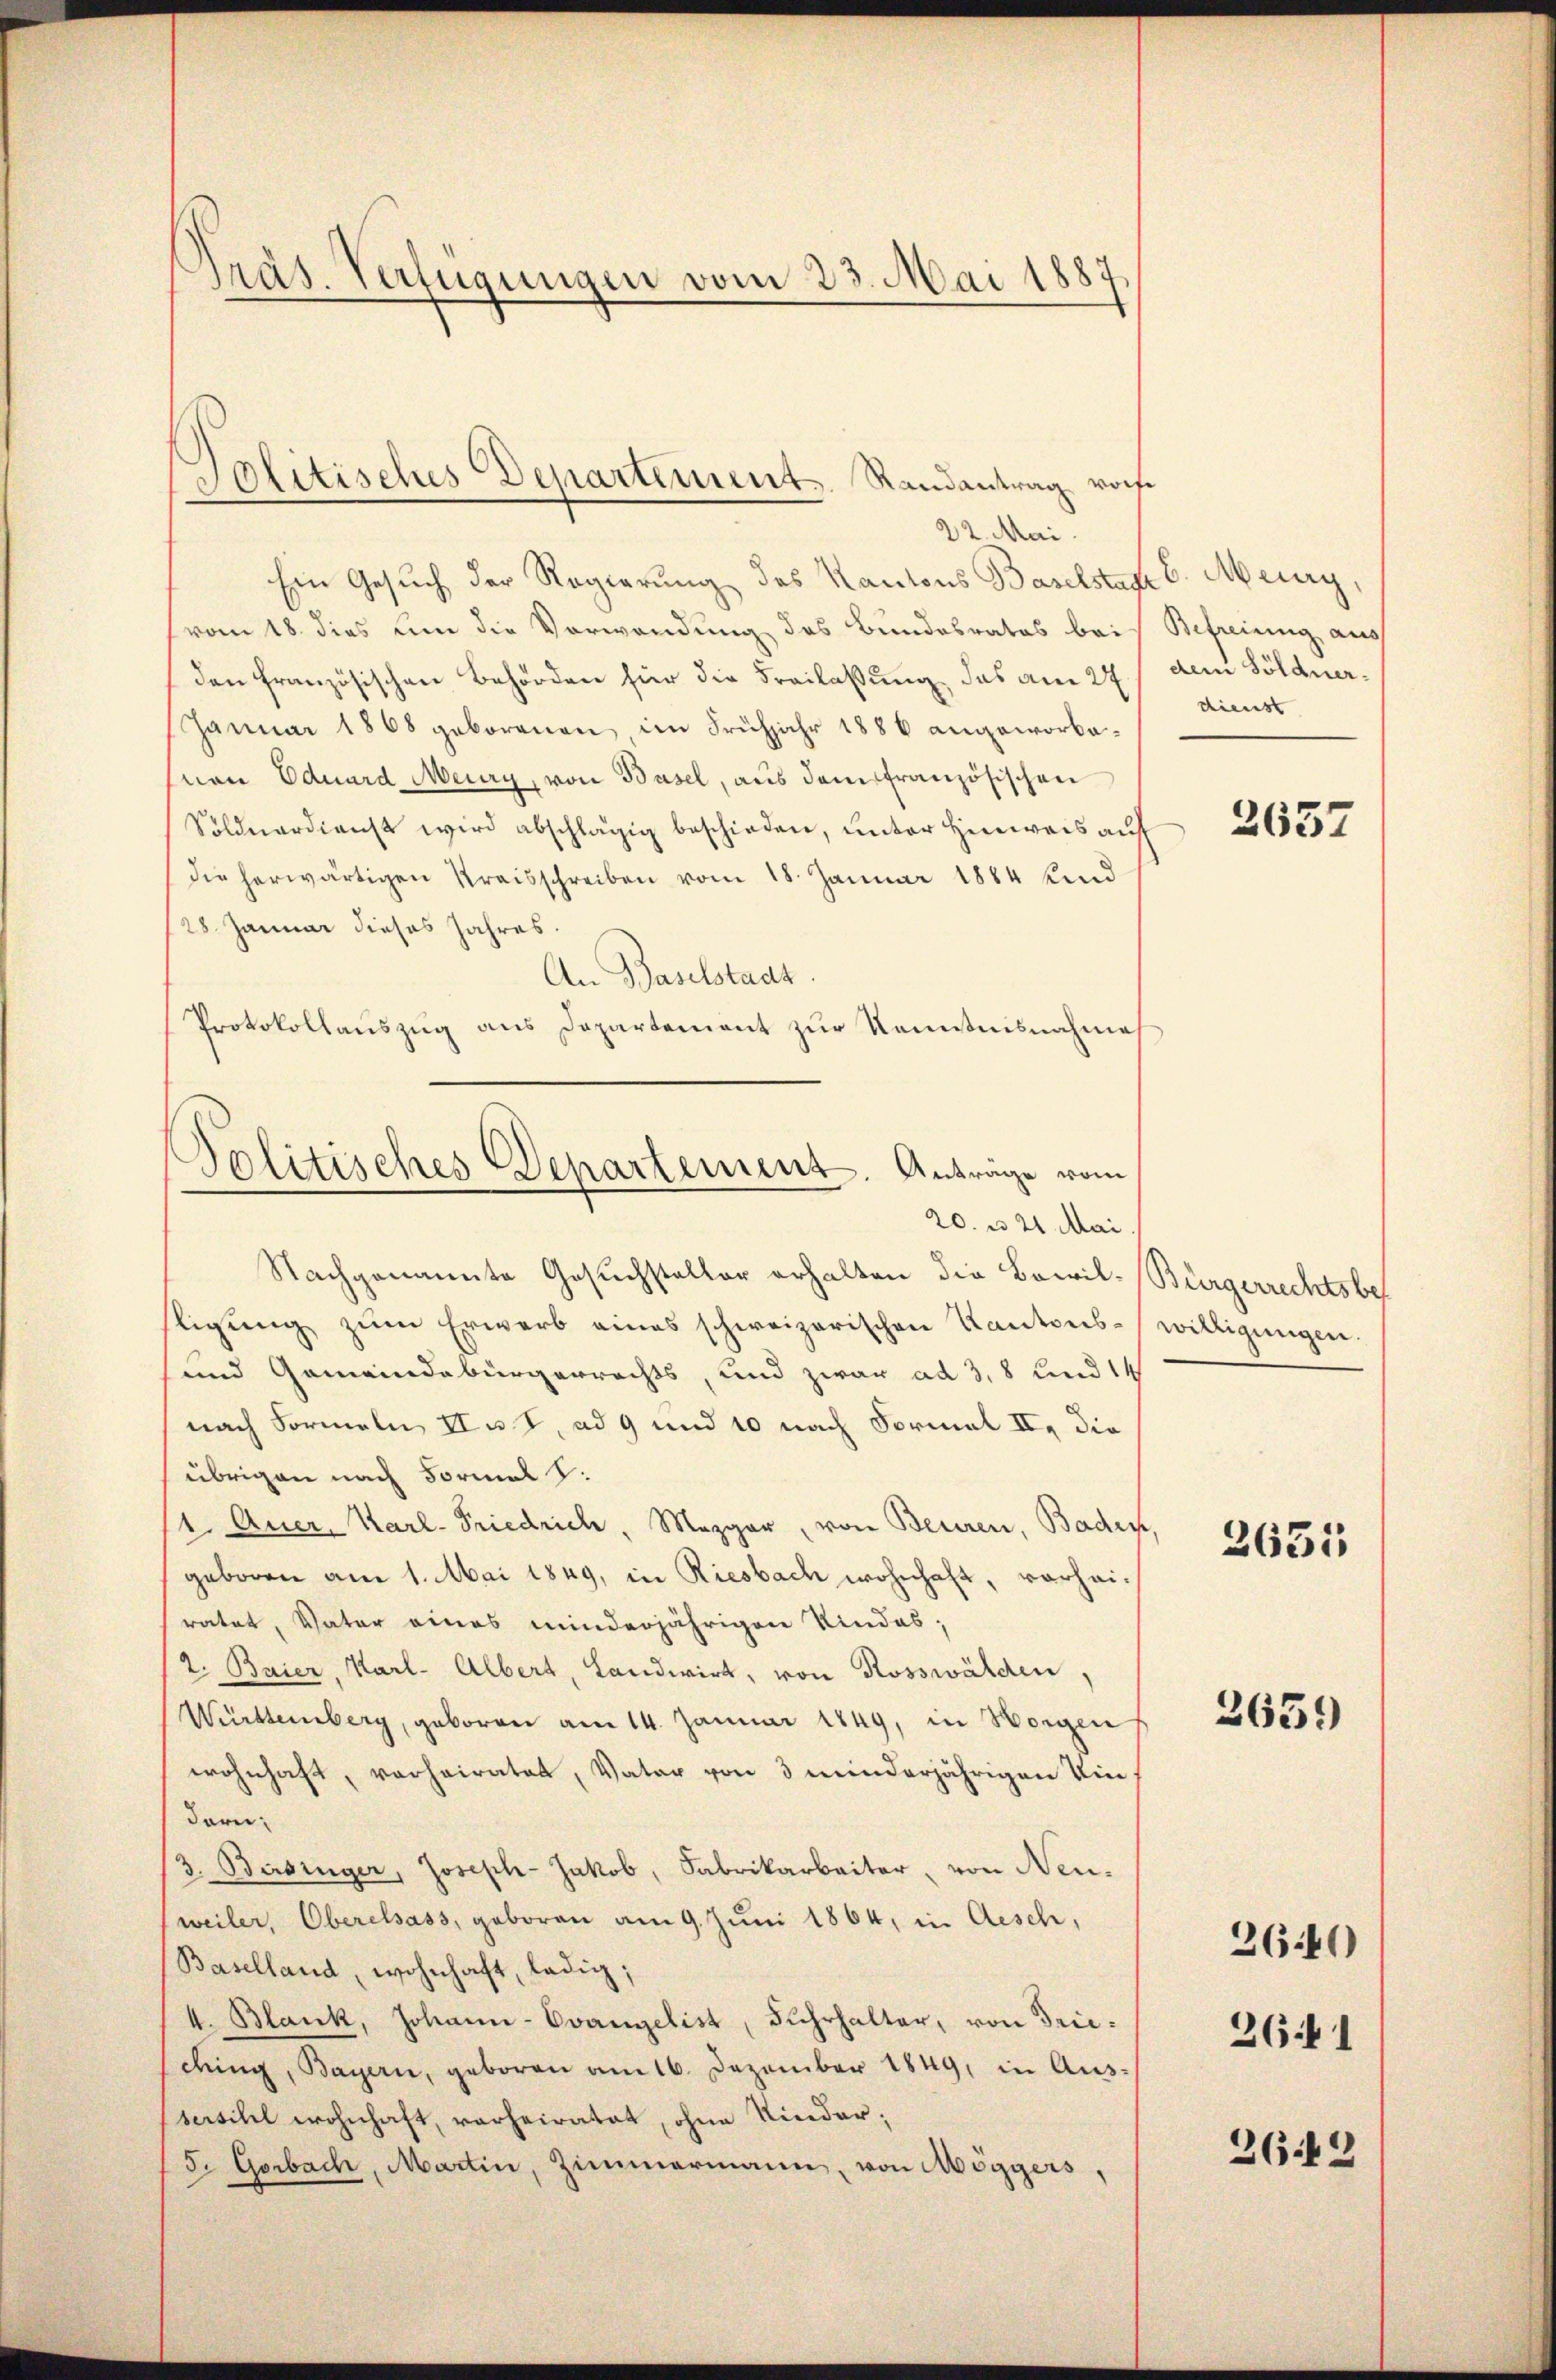
Präs. Verfügungen vom 23. Mai 1887

Politisches Departement. Randantrag vorf.

22. Mai.
Ein Gesuch der Regierung des Kantons Baselstag 6. May,
vom 18. dies um die Verwendung des Bundesrates bei
den französischen Behörden für die Freilassung, das am 27.
Januar 1868 geborenen im Frühjahr 1886 angeworbemnen Eduard Meury, von Basel, aus dem französischen
Soldnardienst wird abschlägig beschieden, unter Hinweis auf
die herwärtigen Kreisschreiben vom 18. Januar 1884 und
28. Januar dieses Jahres.
An Baselstadt.
Protokollauszug aus Departement zur Kenntnisnahme
Nachgenannte Gesuchsteller erhalten die Bewil-Bürgerrechtsbet
ligung zum Erwarb eines schweizerischen Kantons¬
und Gemeindebürgerrechts, und zwar ad 3, 8 und 14
nach Formeln II u. s. ad 9 und 10 nach Formal II. die
übrigen nach Formals:
1. Auer, Karl-Friedrich, Mezger, von Beuren, Baden
geboren am 1. Mai 1849, in Riesbach wohnhaft, vorheiratet, Vater eines minderjährigen Kindes;
2. Baier, Karl. Albert, Landwirt, von Rosswälden,
Württemberg, geboren am 14. Januar 1849, in Horgen
wohnhaft, verheiratet, Vater von 3 minderjährigen Eindaru
3. Beisinger, Joseph- Jakob, Fabrikarbeiter, von Neu-
weiler, Oberelsass, geboren am 9. Juni 1864, in Aesch,
Baselland, wohnhaft, ledig;
4. Blank, Johann-Evangelist, Fuhrhalter, von Frieding, Bayern, geboren am 16. Dezember 1849, in Aus-
seischel wohnhaft, verheiratet, ohne Kinder;
F. Gorbach, Martin, Zimmermann, von Möggers,

Politisches Departement. Anträge vom
20. u 21 Mai

Befreiung aus
dem Söldnerdienst

2637

willigungen.

2635

2659

2640

2641

2649